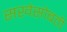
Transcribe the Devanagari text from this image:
सखेसोबती